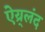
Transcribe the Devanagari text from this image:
ऐय्र्लंद